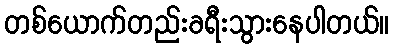
တစ်ယောက်တည်းခရီးသွားနေပါတယ်။